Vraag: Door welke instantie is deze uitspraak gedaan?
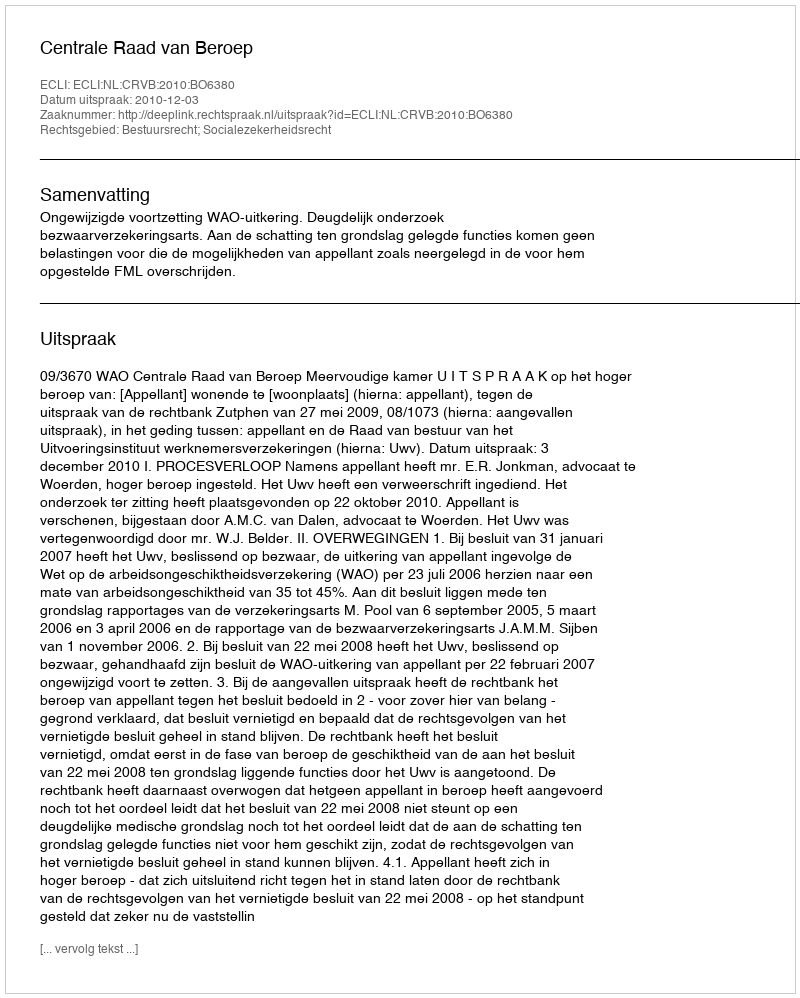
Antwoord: Centrale Raad van Beroep